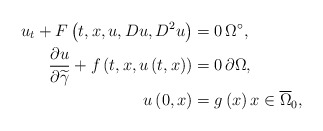
\begin{align*}u_{t}+F\left(t,x,u,Du,D^{2}u\right)& =0\,\Omega ^{\circ }, \\\frac{\partial u}{\partial \widetilde{\gamma }}+f\left(t,x,u\left(t,x\right)\right)& =0\,\partial \Omega , \\u\left(0,x\right)& =g\left(x\right)x\in \overline{\Omega }_{0},\end{align*}